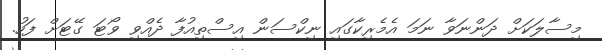
މިސާލަކަށް ދަންނަވާ ނަމަ އެމެރިކާގައި ނިކްސަން އިސްތިއުފާ ދެއްވި ވޯޓަ ގޭޓަށް ފަހު.